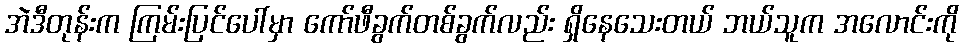
အဲဒီတုန်းက ကြမ်းပြင်ပေါ်မှာ ကော်ဖီခွက်တစ်ခွက်လည်း ရှိနေသေးတယ် ဘယ်သူက အလောင်းကို